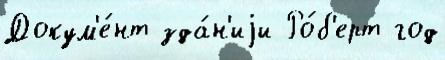
Докум'е́нт зда́н'иjи Ро́б'ерт год